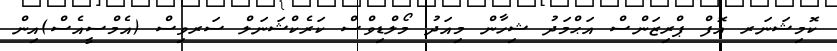
ކޮމިޝަނަރ އޮފް ޕްރިޒަންސް އަޙްމަދު ޝިހާން މިއަދު މޯލްޑިވްސް ކަރެކްޝަނަލް ސަރވިސް (އެމްސީއެސް)އިން